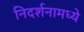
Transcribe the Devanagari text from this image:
निदर्शनामध्ये